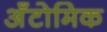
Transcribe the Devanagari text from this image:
अँटोमिक